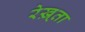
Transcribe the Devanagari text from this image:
रेख़्ता